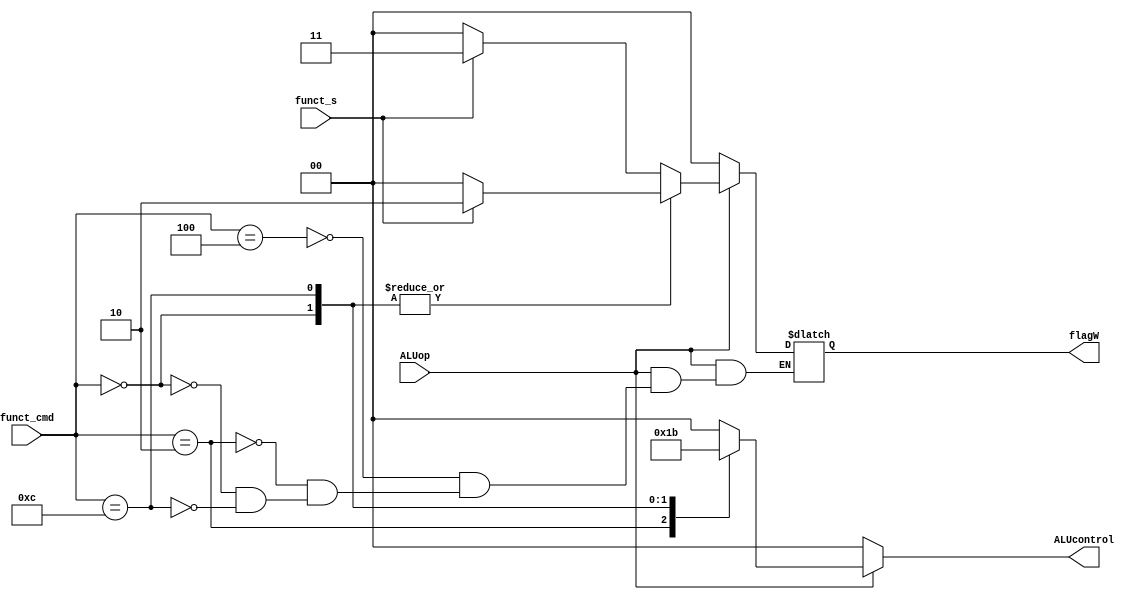
// ALU decoder 
// 04/12/2021
// Dinh Quang Lam-UET

module ALUdecoder(
	input ALUop, 
	input [3:0] funct_cmd, 
	input funct_s,
	output [1:0] ALUcontrol, flagW);

	reg[1:0] ALUresult, tmp;
	assign ALUcontrol = ALUresult;
	assign flagW = tmp;

always @(ALUop or funct_cmd or funct_s)
	begin
		if ( ALUop == 0) 
		begin
		ALUresult = 00;
		tmp = 00;
		end
		
		else begin
		case (funct_cmd) 
		4'b0100: begin
		ALUresult = 00;
		
			if(funct_s == 0) begin
				tmp = 00;
				end
			else begin
				tmp = 11 ;end
		end
		
		4'b0010: begin
		ALUresult = 01;
		
			if(funct_s == 0) begin
			tmp = 00;
			end
			else begin
			tmp = 11; end
		end
		
			4'b0000:begin
		ALUresult = 10;
		
			if(funct_s == 0) begin
			tmp = 00;
			end
			else begin
			tmp = 10;end
		end
		
			4'b1100: begin
		ALUresult = 11;
		
			if(funct_s == 0) begin
			tmp = 00;
			end
			else begin
			tmp = 10; 
			end
		end
		
		default : begin
			ALUresult = 00;
			end
		endcase
		end
		end
		endmodule